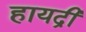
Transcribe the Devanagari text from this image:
हायद्री